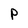
Character: P